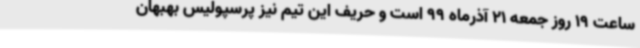
ساعت 19 روز جمعه 21 آذرماه 99 است و حریف این تیم نیز پرسپولیس بهبهان